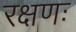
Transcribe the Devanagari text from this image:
रक्षणः